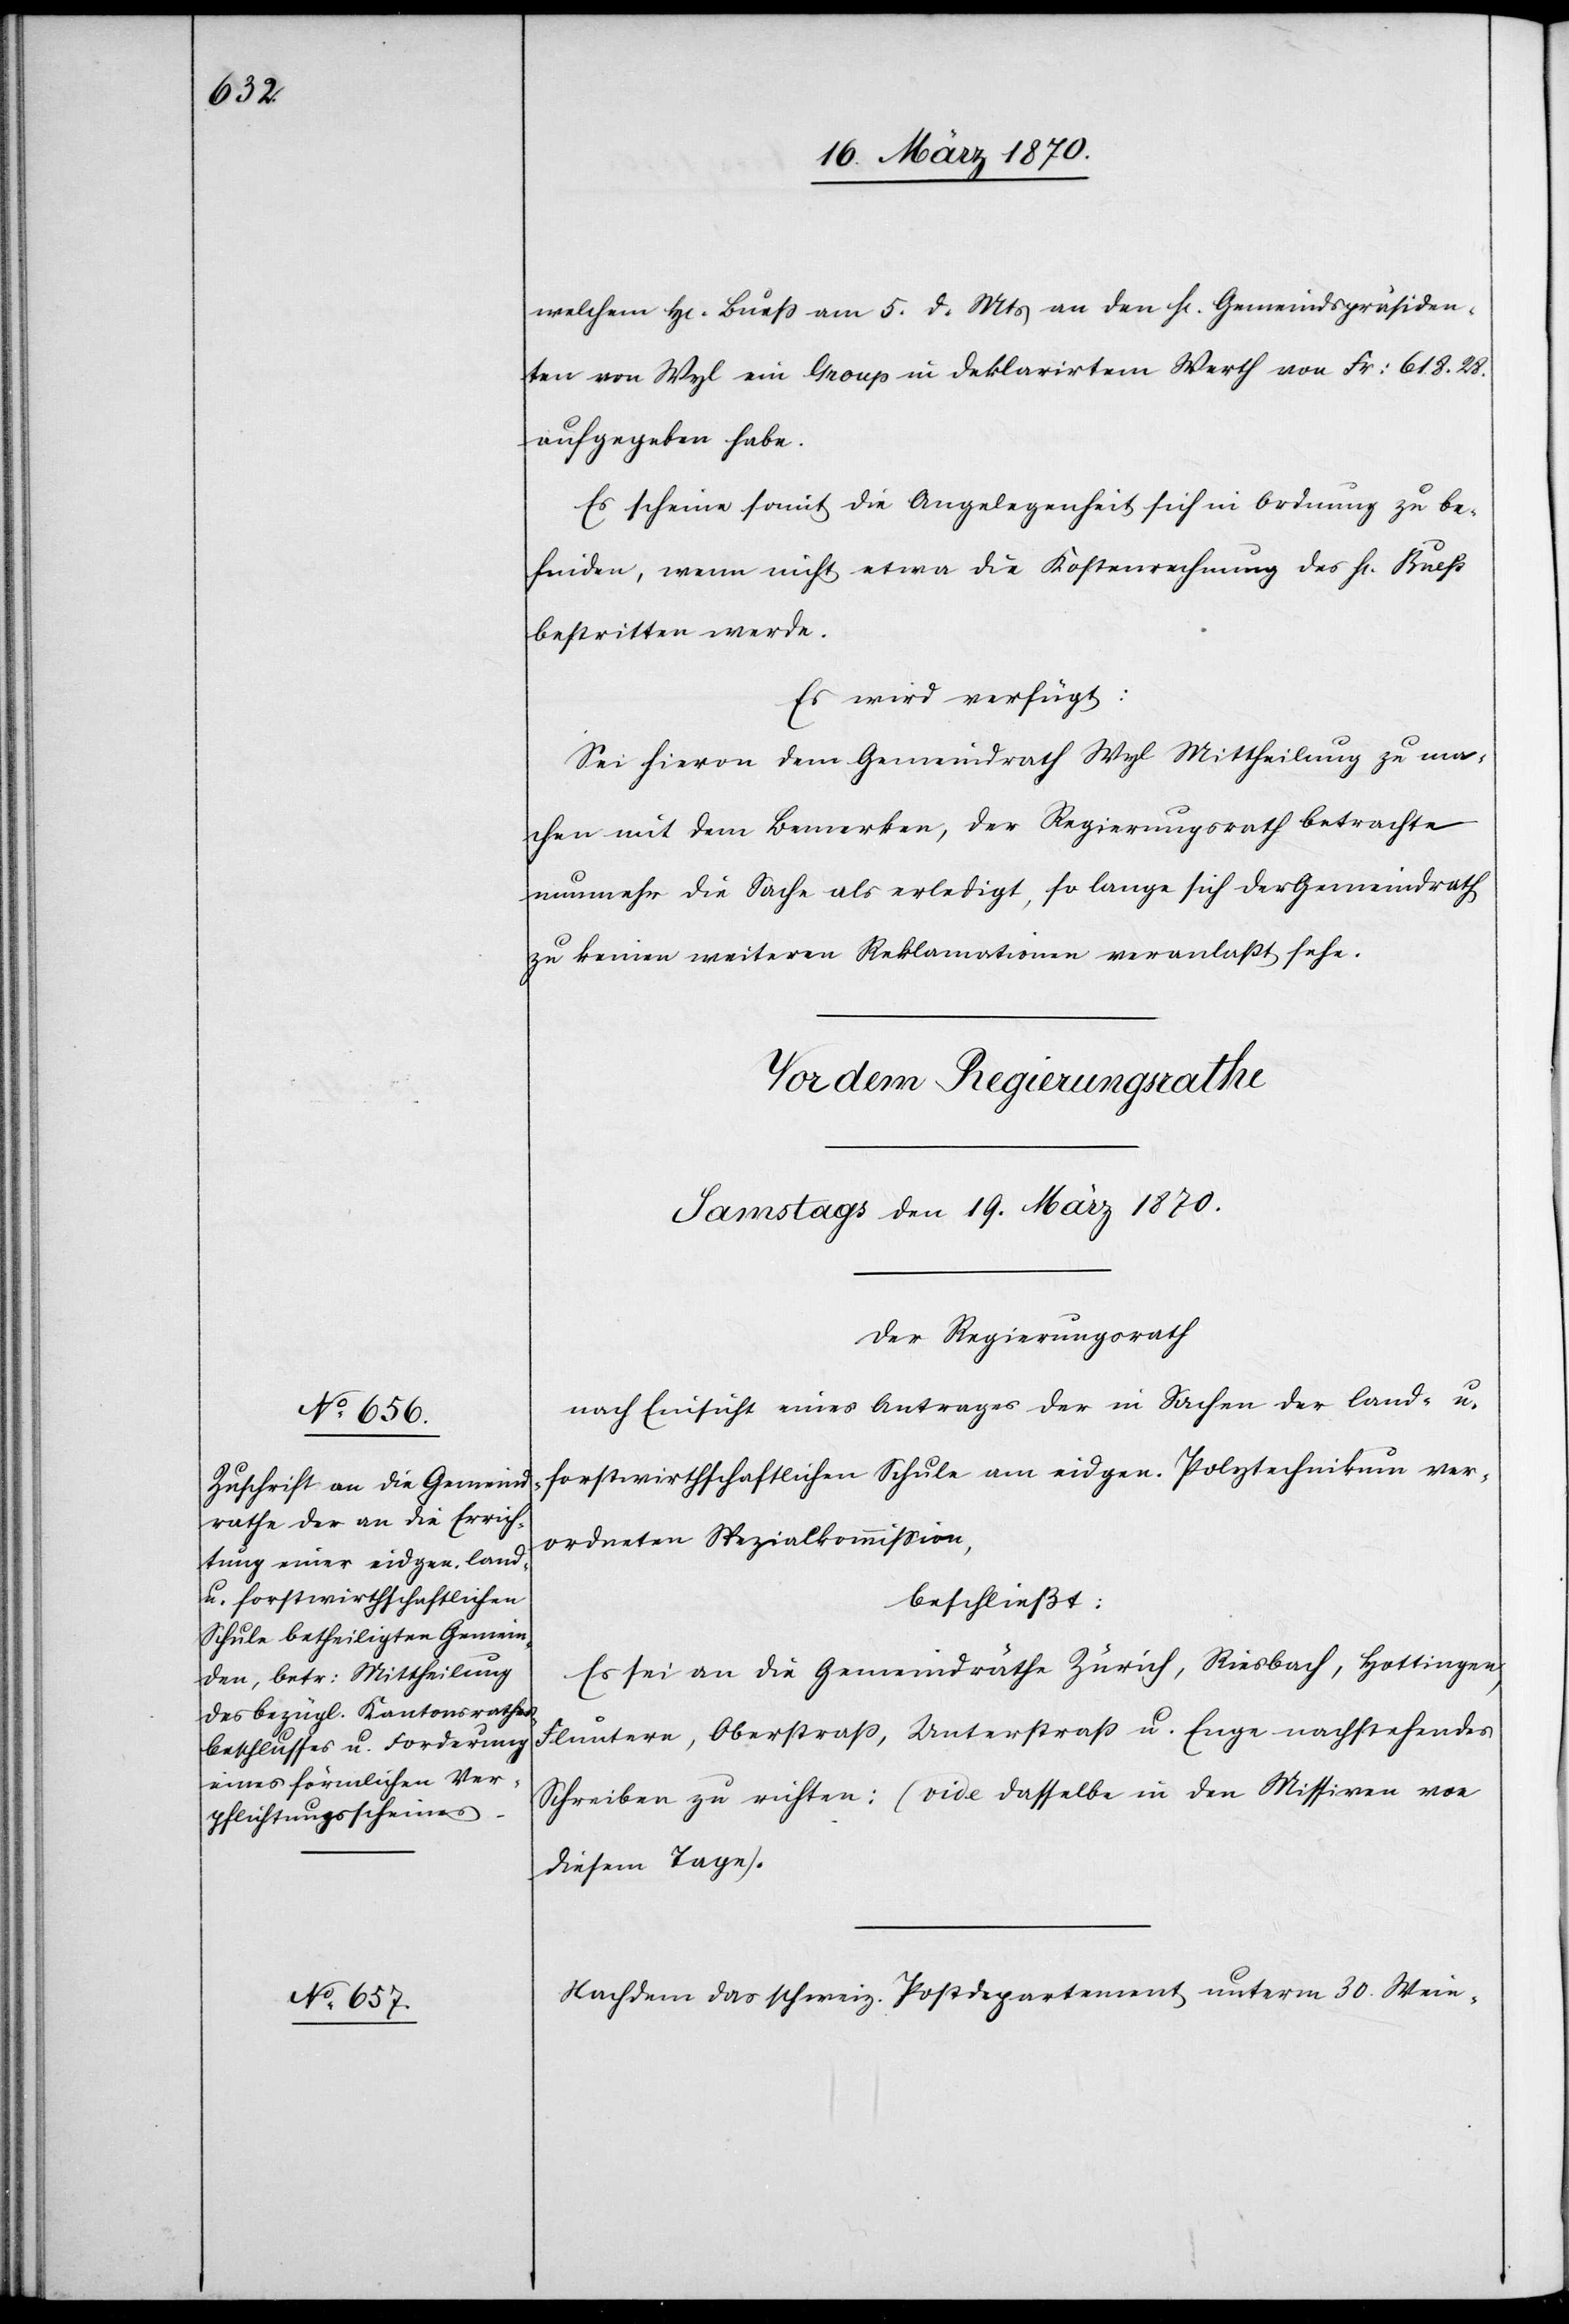
welchem H[err] Bueß am 5. d. Mts an den H[errn] Gemeindspräsiden¬
ten von Wyl ein Group in deklarirtem Werth von Fr: 618.28.
aufgegeben habe.
Es scheine somit die Angelegenheit sich in Ordnung zu be¬
finden, wenn nicht etwa die Kostenrechnung des H[errn] Buess
bestritten werde.
Es wird verfügt:
Sei hievon dem Gemeindrath Wyl Mittheilung zu ma¬
chen mit dem Bemerken, der Regierungsrath betrachte
nunmehr die Sache als erledigt, so lange sich der Gemeindrath
zu keinen weiteren Reklamationen veranlaßt sehe.
Der Regierungsrath
nach Einsicht eines Antrages der in Sachen der land- u.
forstwirthschaftlichen Schule am eidgen. Polytechnikum ver¬
ordneten Spezialkommission,
beschließt:
Es sei an die Gemeindräthe Zürich, Riesbach, Hottingen,
Fluntern, Oberstraß, Unterstraß u. Enge nachstehendes
Schreiben zu richten: (vide dasselbe in den Missiven von
diesem Tage).
Nachdem das schweiz. Postdepartement unterm 30. Wein-